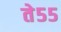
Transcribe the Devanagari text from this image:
ते५५